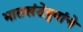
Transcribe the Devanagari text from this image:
भातखंडेबुवांचे